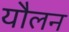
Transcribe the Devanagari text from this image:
यौलन